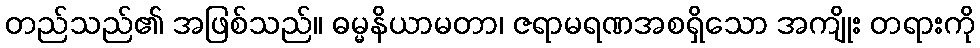
တည်သည်၏ အဖြစ်သည်။ ဓမ္မနိယာမတာ၊ ဇရာမရဏအစရှိသော အကျိုး တရားကို